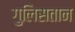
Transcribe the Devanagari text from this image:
गुलिसतान